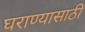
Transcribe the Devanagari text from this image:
घराण्यासाठी